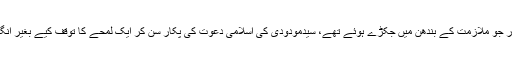
انگریز حکومت کی ملازمتوں کو پرکاہ کے برابر بھی حیثیت نہ دی اور جو ملازمت کے بندھن میں جکڑے ہوئے تھے، سیدمودودی کی اسلامی دعوت کی پکار سن کر ایک لمحے کا توقف کیے بغیر انگریز کی ملازمت سے نجات حاصل کرکے اس قافلے کا حصہ بن گئے۔